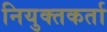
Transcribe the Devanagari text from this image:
नियुक्तकर्ता